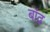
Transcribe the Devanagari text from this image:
बांढ